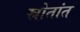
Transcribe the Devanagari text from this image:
स्रोतांत